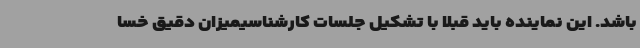
باشد. این نماینده باید قبلا با تشکیل جلسات کارشناسیمیزان دقیق خسا